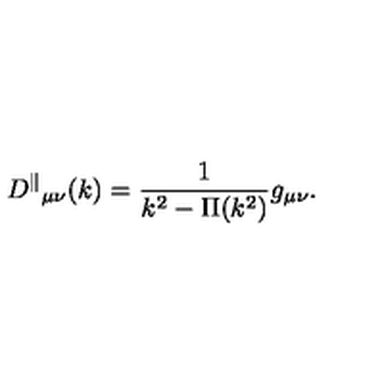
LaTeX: { D ^ { \parallel } } _ { \mu \nu } ( k ) = \frac { 1 } { k ^ { 2 } - \Pi ( k ^ { 2 } ) } g _ { \mu \nu } .